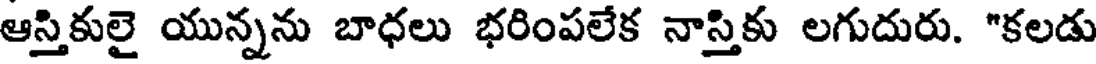
ఆస్తికులై యున్నను బాధలు భరింపలేక నాస్తికు లగుదురు. "కలడు